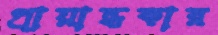
প্রায়ান্ধকার